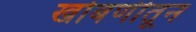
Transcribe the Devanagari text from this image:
खोबणीतून